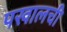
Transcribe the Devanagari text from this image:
पखालची